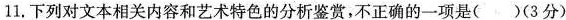
11.下列对文本相关内容和艺术特色的分析鉴赏，不正确的一项是（ ）（3分）